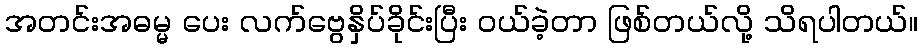
အတင်းအဓမ္မ ပေး လက်ဗွေနှိပ်ခိုင်းပြီး ၀ယ်ခဲ့တာ ဖြစ်တယ်လို့ သိရပါတယ်။